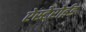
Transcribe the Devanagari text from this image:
ऐस्टेरोईड